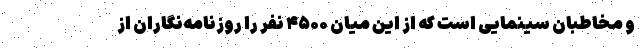
و مخاطبان سینمایی است که از این میان ۴۵۰۰ نفر را روزنامه‌نگاران از